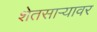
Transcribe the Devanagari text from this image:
शेतसाऱ्यावर